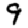
Digit: 9